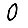
Digit: 0